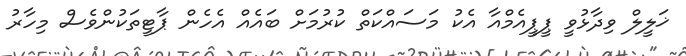
ޚަލީލް ވިދާޅުވީ ޕީޕީއެމްއާ އެކު މަސައްކަތް ކުރުމަށް ބައެއް އެހެން ޕާޓީތަކުންވެސް މިހާރު